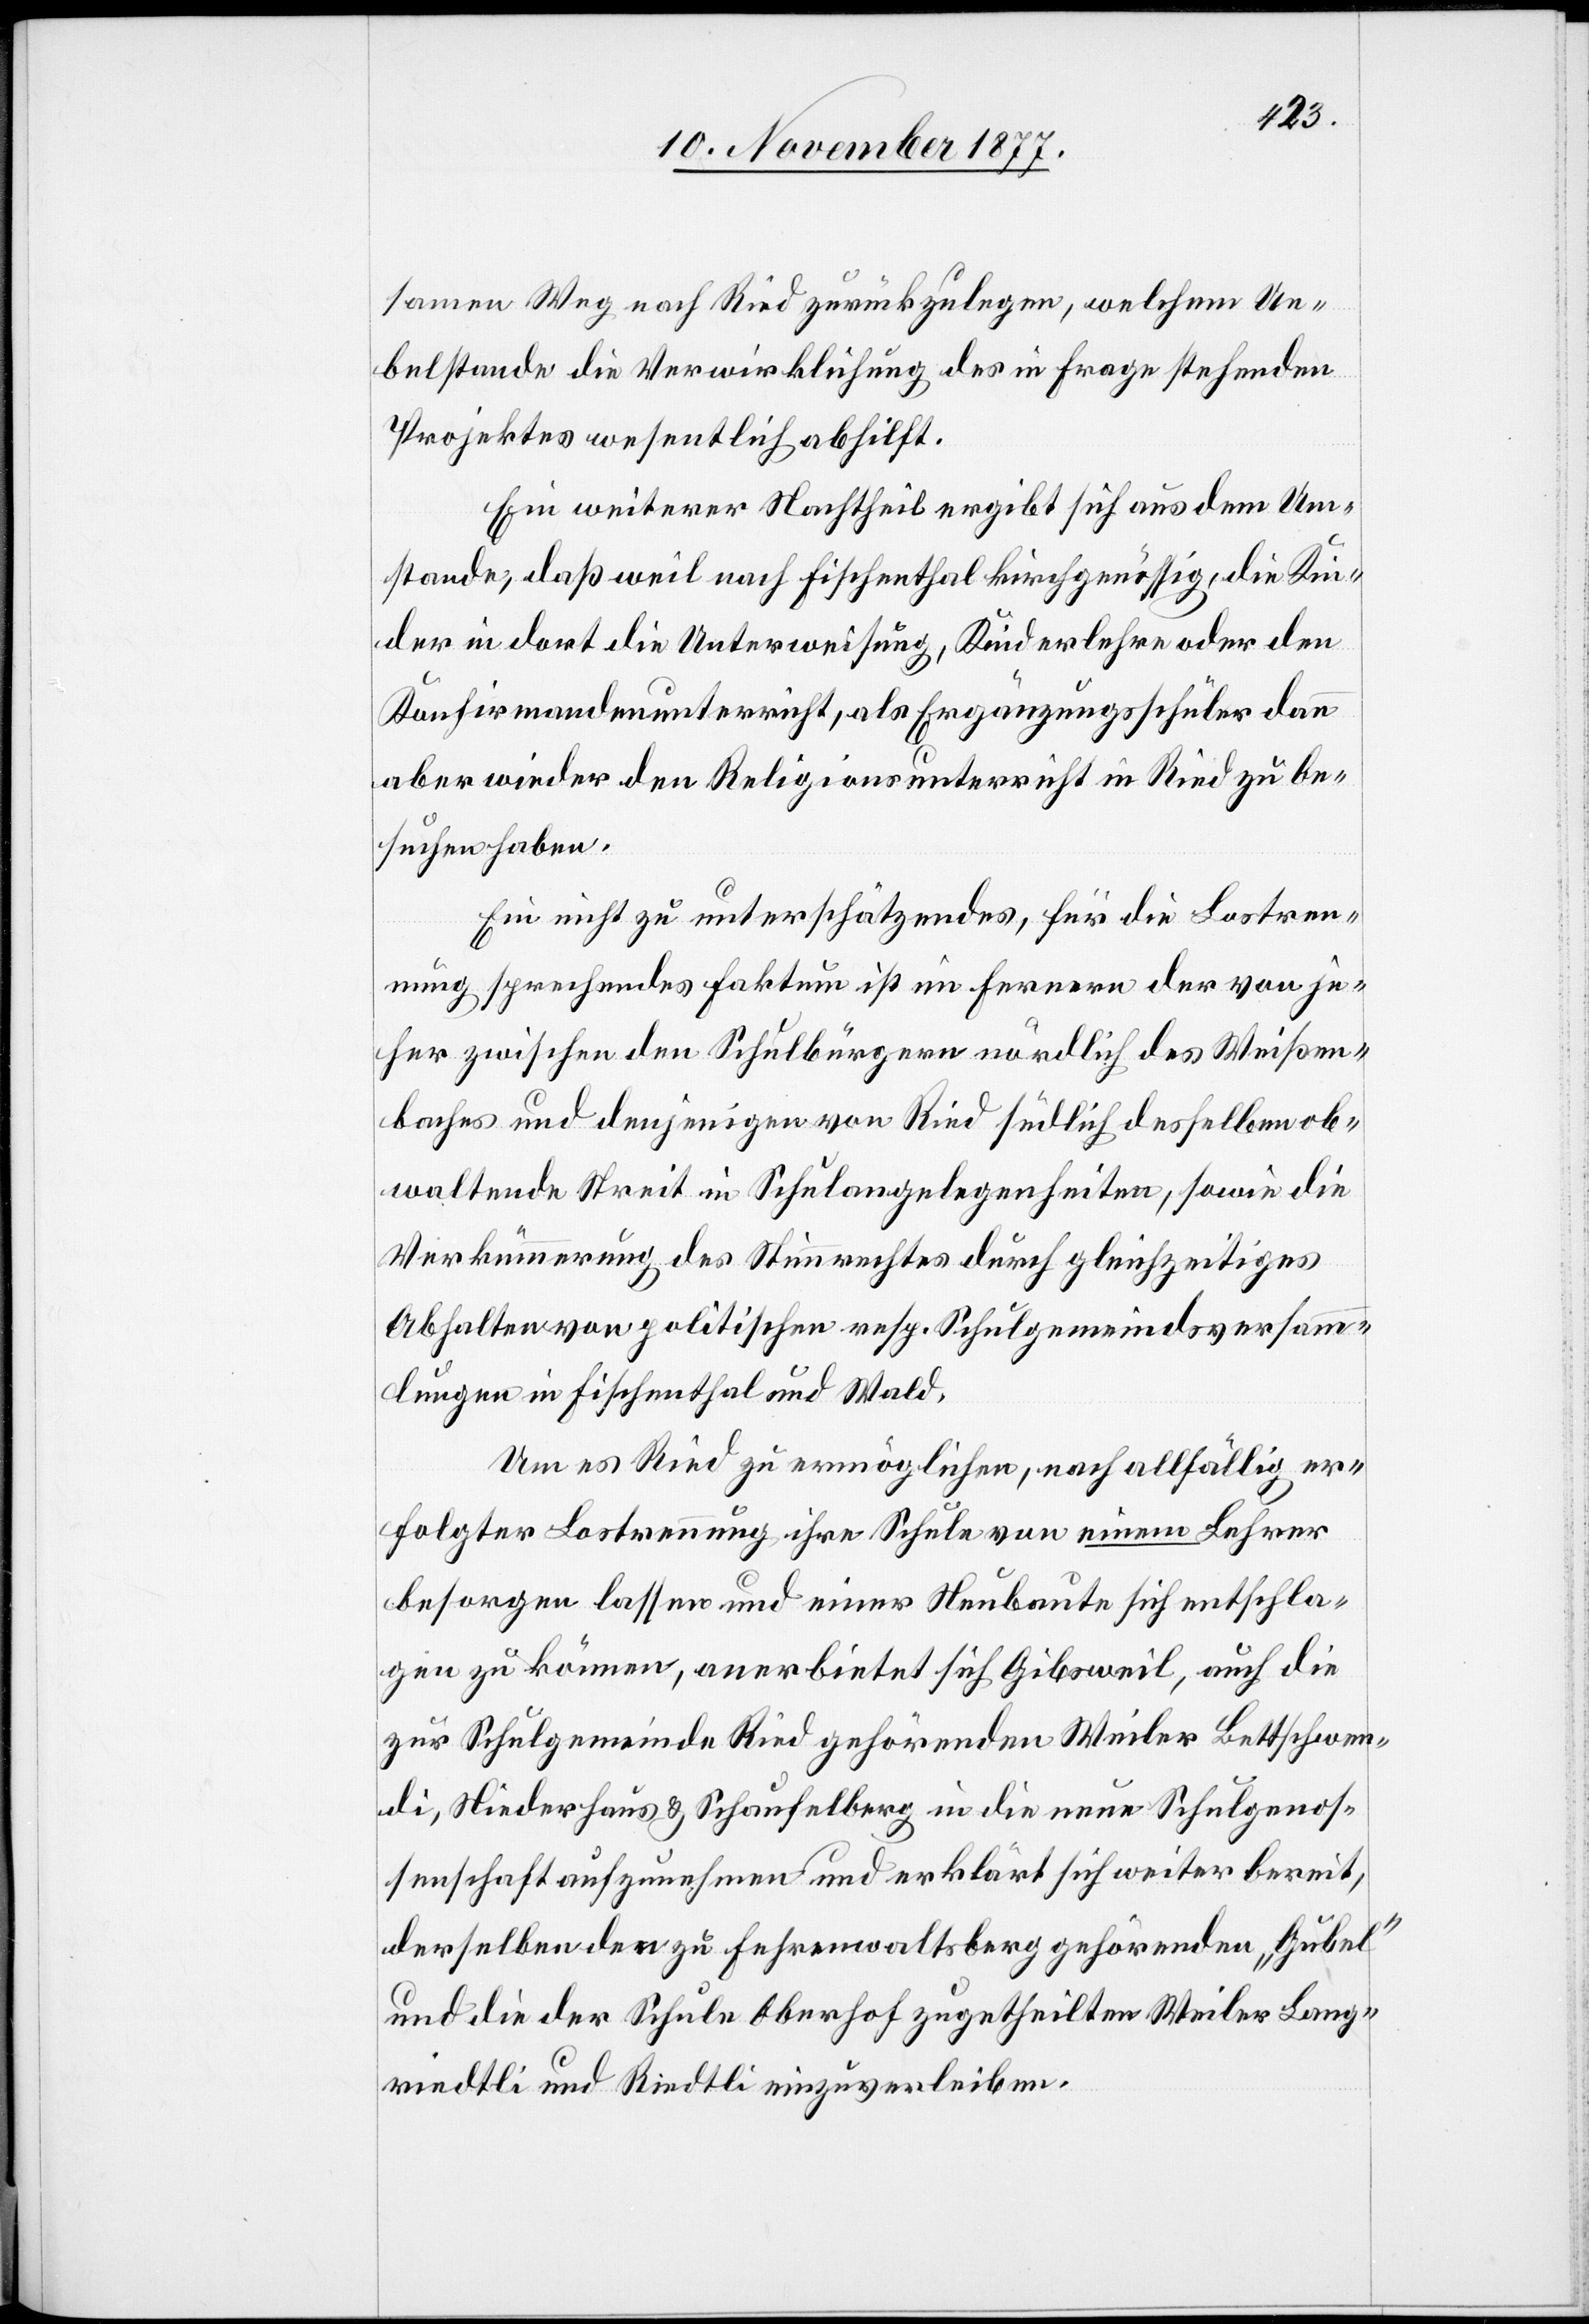
samen Weg nach Ried zurückzulegen, welchem Ue¬
belstande die Verwirklichung des in Frage stehenden
Projektes wesentlich abhilft.
Ein weiterer Nachtheil ergibt sich aus dem Um¬
stande, daß weil nach Fischenthal kirchgenössig, die Kin¬
der in dort die Unterweisung, Kinderlehre oder den
Konfirmandenunterricht, als Ergänzungsschüler dann
aber wieder den Religionsunterricht in Ried zu be¬
suchen haben.
Ein nicht zu unterschätzendes, für die Lostren¬
nung sprechendes Faktum ist im Fernern der von je¬
her zwischen den Schulbürgern nördlich des Weißen¬
baches und denjenigen von Ried südlich desselben ob¬
waltende Streit in Schulangelegenheiten, sowie die
Verkümmerung des Stimmrechtes durch gleichzeitiges
Abhalten von politischen resp. Schulgemeindsversamm¬
lungen in Fischenthal und Wald.
Um es Ried zu ermöglichen, nach allfällig er¬
folgter Lostrennung ihre Schule von einem Lehrer
besorgen lassen und einer Neubaute sich entschla¬
gen zu können, anerbietet sich Gibsweil, auch die
zur Schulgemeinde Ried gehörenden Weiler Bettschwen¬
di, Niederhaus & Schaufelberg in die neue Schulgenos¬
senschaft aufzunehmen und erklärt sich weiter bereit,
derselben den zu Fehrenwaltsberg gehörenden „Gubel“
und die der Schule Oberhof zugetheilten Weiler Lang¬
riedtli und Riedtli einzuverleiben.